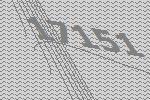
17151